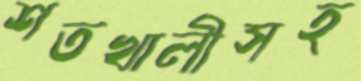
শতখালীসহ